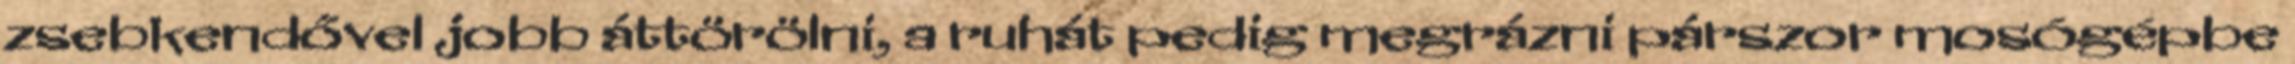
zsebkendővel jobb áttörölni, a ruhát pedig megrázni párszor mosógépbe